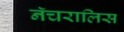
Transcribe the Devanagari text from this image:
नॅचरालिस